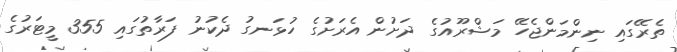
ތެރޭގައި ނިންމަންޖެހޭ މަޝްރޫއުގެ ދަށުން އެރަށުގެ ހުޅަނގު ދެކުނު ފަރާތުގައި 355 މީޓަރުގެ